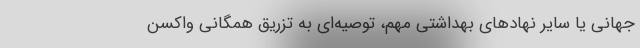
جهانی یا سایر نهادهای بهداشتی مهم، توصیه‌ای به تزریق همگانی واکسن